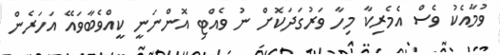
ވުމާއެކު ވެސް އެމެރިކާ މިހާ ވަރުގަދަކޮށް ނު ވެއްޓި އޮންނަނީ ކީއްވެބާވައޭ އަހަރެން